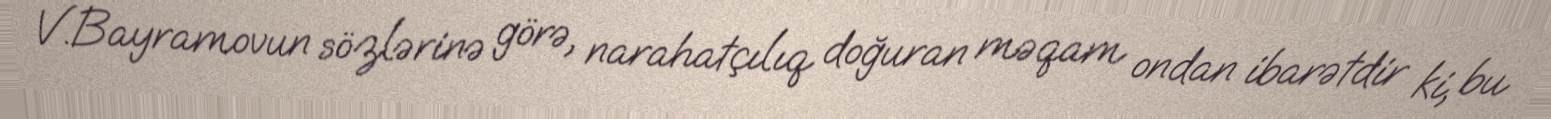
V.Bayramovun sözlərinə görə, narahatçılıq doğuran məqam ondan ibarətdir ki, bu